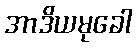
အာဒိယမုခေါ